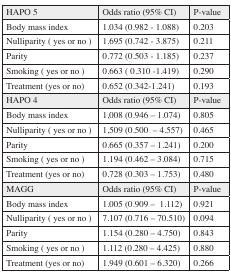
<table><thead><tr><td><b>HAPO 5</b></td><td><b>Odds ratio (95% CI)</b></td><td><b>P-value</b></td></tr></thead><tbody><tr><td>Body mass index</td><td>1.034 (0.982 - 1.088)</td><td>0.203</td></tr><tr><td>Nulliparity ( yes or no )</td><td>1.695 (0.742 - 3.875)</td><td>0.211</td></tr><tr><td>Parity</td><td>0.772 (0.503 - 1.185)</td><td>0.237</td></tr><tr><td>Smoking ( yes or no )</td><td>0.663 ( 0.310 -1.419)</td><td>0.290</td></tr><tr><td>Treatment (yes or no)</td><td>0.652 (0.342-1.241)</td><td>0.193</td></tr><tr><td><b>HAPO 4</b></td><td><b>Odds ratio (95% CI)</b></td><td><b>P-value</b></td></tr><tr><td>Body mass index</td><td>1,008 (0.946 – 1.074)</td><td>0.805</td></tr><tr><td>Nulliparity ( yes or no )</td><td>1,509 (0.500 – 4.557)</td><td>0.465</td></tr><tr><td>Parity</td><td>0.665 (0.357 – 1.241)</td><td>0.200</td></tr><tr><td>Smoking ( yes or no )</td><td>1.194 (0.462 – 3.084)</td><td>0.715</td></tr><tr><td>Treatment (yes or no)</td><td>0.728 (0.303 – 1.753)</td><td>0.480</td></tr><tr><td><b>MAGG</b></td><td><b>Odds ratio (95% CI)</b></td><td><b>P-value</b></td></tr><tr><td>Body mass index</td><td>1.005 (0.909 – 1.112)</td><td>0.921</td></tr><tr><td>Nulliparity ( yes or no )</td><td>7.107 (0.716 – 70.510)</td><td>0.094</td></tr><tr><td>Parity</td><td>1.154 (0.280 – 4.750)</td><td>0.843</td></tr><tr><td>Smoking ( yes or no )</td><td>1.112 (0.280 – 4.425)</td><td>0.880</td></tr><tr><td>Treatment (yes or no)</td><td>1.949 (0.601 – 6.320)</td><td>0.266</td></tr></tbody></table>